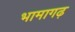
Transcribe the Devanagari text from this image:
भामागढ़